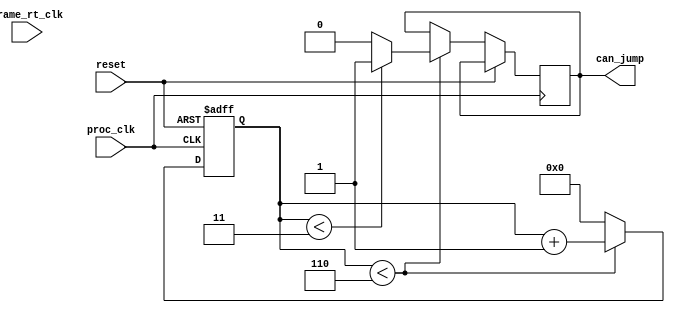
module JumpController(frame_rt_clk, proc_clk, reset, can_jump);

    input frame_rt_clk, proc_clk, reset;
    output can_jump; 

    // reads from different registers at frame rate, compares contents

    wire[31:0] CounterLimit;
    reg[31:0] counter = 0;
    reg jump_reg=0; 
    assign can_jump=jump_reg; 

    //localparam MHz = 5;
    //localparam PROC_FREQ = 20*MHz;
    //localparam BUTTON_RT = 10; // 60 fps
    localparam EmpiricalParam= 10; 
   
    assign CounterLimit = EmpiricalParam-4;

    always @(posedge proc_clk or posedge reset) begin
        if(reset) begin
            counter <= 0;
        end
        else begin 
            if (counter < CounterLimit) begin
                counter <= counter + 1;
                if (counter<3) 
                    jump_reg<=1;
                else begin 
                    jump_reg<=0; 
                end 
            end 
            else begin
                    counter <= 0;
            end 
        end
    end 

endmodule